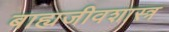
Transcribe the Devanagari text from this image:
बाह्यजीवशास्त्र